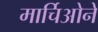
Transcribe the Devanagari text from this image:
मार्चिओने